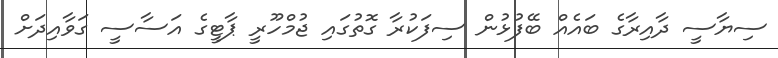
ސިޔާސީ ދާއިރާގެ ބައެއް ބޭފުޅުން ސިފަކުރާ ގޮތުގައި ޖުމްހޫރީ ޕާޓީގެ އަސާސީ ގަވާއިދަށް